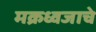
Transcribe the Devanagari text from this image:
मक्रध्वजाचे